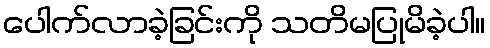
ပေါက်လာခဲ့ခြင်းကို သတိမပြုမိခဲ့ပါ။